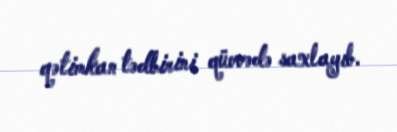
qətimkan tədbirini qüvvədə saxlayıb.